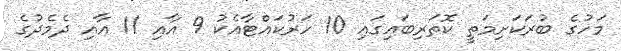
މަހުގެ ބުރަކަށިމަތީ ކޮތަރިބައިގައި 10 ހަރުކައްޓާއެކު 9 އާއި 11 އާއި ދެމެދުގެ